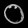
Digit: ၀